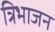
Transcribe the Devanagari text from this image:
त्रिभाजन